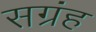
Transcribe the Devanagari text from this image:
सग्रंह